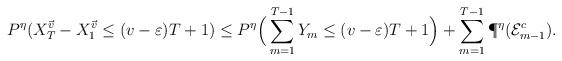
LaTeX: \begin{align*}P^\eta(X_T^{\vec v}-X_1^{\vec v}\leq (v-\varepsilon)T+1) &\leq P^\eta\Big(\sum_{m=1}^{T-1}Y_m\leq (v-\varepsilon)T+1\Big) +\sum_{m=1}^{T-1}\P^\eta(\mathcal E^c_{m-1}).\end{align*}